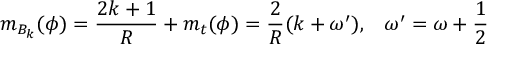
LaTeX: m _ { B _ { k } } ( \phi ) = \frac { 2 k + 1 } { R } + m _ { t } ( \phi ) = \frac { 2 } { R } ( k + \omega ^ { \prime } ) , \, \, \, \, \, \omega ^ { \prime } = \omega + \frac { 1 } { 2 }